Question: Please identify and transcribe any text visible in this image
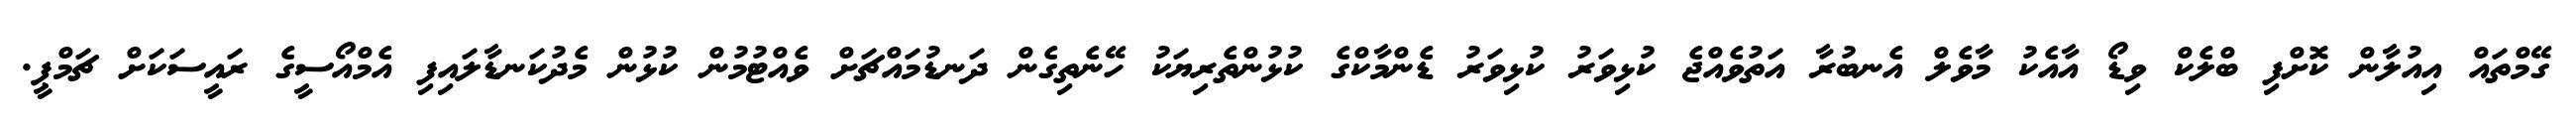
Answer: ގޭމްތައް އިއުލާން ކޮށްފި ބްލެކް ވިޑޯ އާއެކު މާވެލް އެނބުރާ އަތުވެއްޖެ ކުޅިވަރު ކުޅިވަރު ޑެންމާކްގެ ކުޅުންތެރިޔަކު ހޭނެތިގެން ދަނޑުމައްޗަށް ވެއްޓުމުން ކުޅުން މެދުކަނޑާލައިފި އެމްއޯސީގެ ރައީސަކަށް ޗަމްޕީ.